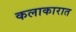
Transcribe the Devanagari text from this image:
कलाकारात